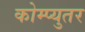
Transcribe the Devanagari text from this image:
कोम्प्युतर